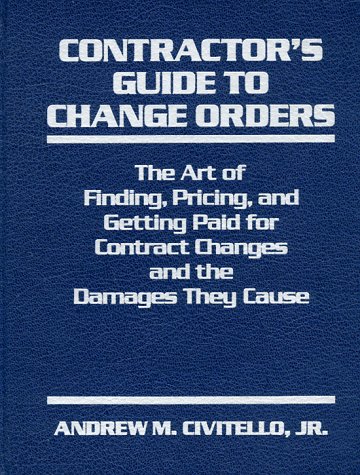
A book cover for Contractor's Guide to Change Orders: The Art of Finding, Pricing, and Getting Paid for Contract Changes and the Damages They Cause; Andrew M., Jr. Civitello; Business & Money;